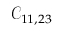
\mathcal { C } _ { 1 1 , 2 3 }